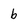
Character: b